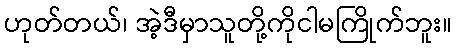
ဟုတ်တယ်၊ အဲ့ဒီမှာသူတို့ကိုငါမကြိုက်ဘူး။